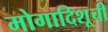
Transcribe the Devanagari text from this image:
मोगादिशूची